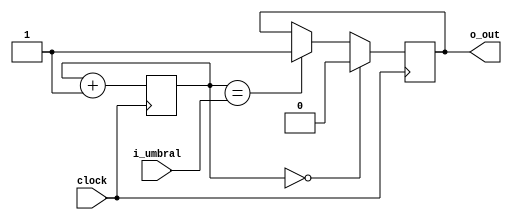
`timescale 1ns / 1ps
//////////////////////////////////////////////////////////////////////////////////
// Company: 
// Engineer: 
// 
// Design Name: 
// Module Name:    ejercicio_8 
// Project Name: 
// Target Devices: 
// Tool versions: 
// Description: 
//
// Dependencies: 
//
// Revision: 
// Revision 0.01 - File Created
// Additional Comments: 

//8.	Describa en Verilog un circuito para un contador de mdulo 12. Se deber permitir cargar un valor umbral, con una
// resolucin <= a 12 bits utilizando los switches dispuestos en la placa de desarrollo BASYS 2. Cuando el contador alcance
// (o supere) dicho umbral deber encender un led (de los disponibles en el kit de desarrollo) que indique dicho evento.
// Al alcanzar su valor de cuenta mxima se deber apagar dicho LED.
//
//////////////////////////////////////////////////////////////////////////////////
module ejercicio_8(
	input wire [11:0]i_umbral,
	
	output reg o_out,
	
	input wire clock
	
    );
	 
	 reg [11:0]count_clk = 0;
	 
	 always@(posedge clock)
	 begin
		count_clk <= count_clk + 1;
		if(count_clk == i_umbral)
			o_out <= 1;
		if(count_clk == 0)
			o_out <= 0;
			
	 end
	 


endmodule